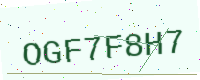
Text: OGF7F8H7